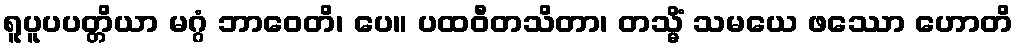
ရူပူပပတ္တိယာ မဂ္ဂံ ဘာဝေတိ၊ ပေ။ ပထဝီတသိတာ၊ တသ္မိံ သမယေ ဖဿော ဟောတိ